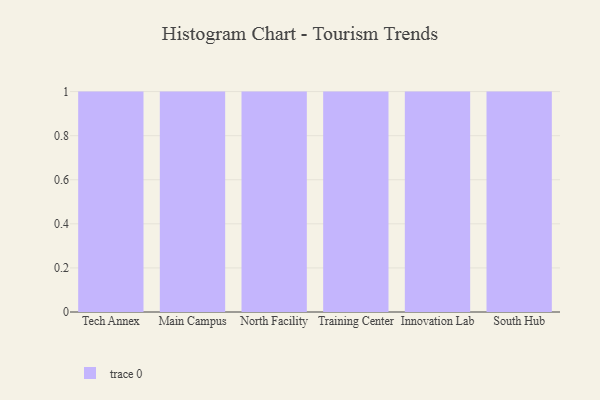
{"axis": {"x": "Campus", "y": "Population (Million)"}, "legend": [""], "data": [{"x": "Tech Annex", "y": 55, "type": ""}, {"x": "Main Campus", "y": 40, "type": ""}, {"x": "North Facility", "y": 39, "type": ""}, {"x": "Training Center", "y": 73, "type": ""}, {"x": "Innovation Lab", "y": 38, "type": ""}, {"x": "South Hub", "y": 23, "type": ""}]}